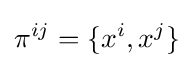
\pi ^{ij}=\{x^{i},x^{j}\}